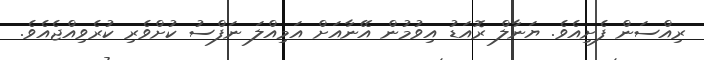
ރިއްސަން ފެށިއެވެ. ޔަނާލް ރޮއަޑު އިވުމުން އޭނާއަށް އަމިއްލަ ނަފްސު ކުށްވެރި ކުރެވިއްޖެއެވެ.